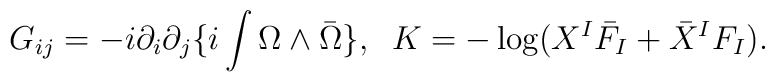
G_{ij}=-i\partial_i \partial_j \{ i \int \Omega \wedge {\bar\Omega}\},\;\;K=-\log(X^I {\bar F}_I + {\bar X}^I F_I).